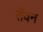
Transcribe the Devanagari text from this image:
रॉवन